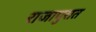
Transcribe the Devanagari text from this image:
राजापुरात